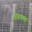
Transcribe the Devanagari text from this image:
मोहाक्स